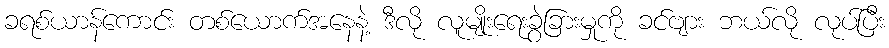
ခရစ်ယာန်ကောင်း တစ်ယောက်အနေနဲ့ ဒီလို လူမျိုးရေးခွဲခြားမှုကို ခင်ဗျား ဘယ်လို လုပ်ပြီး